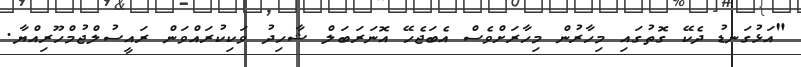
"އަޅުގަނޑު ދެކޭ ގޮތުގައި މިހާރުން މިހާރަށްވެސް އެބަޖެހޭ އޮނަރަބަލް ޝާހިދު ވަކިކުރައްވަން ރައީސުލްޖުމްހޫރިއްޔާ.